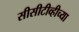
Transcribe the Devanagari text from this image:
सीसीटीव्हीच्या